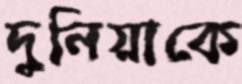
দুনিয়াকে